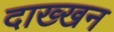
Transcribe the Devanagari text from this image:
दाख्खन